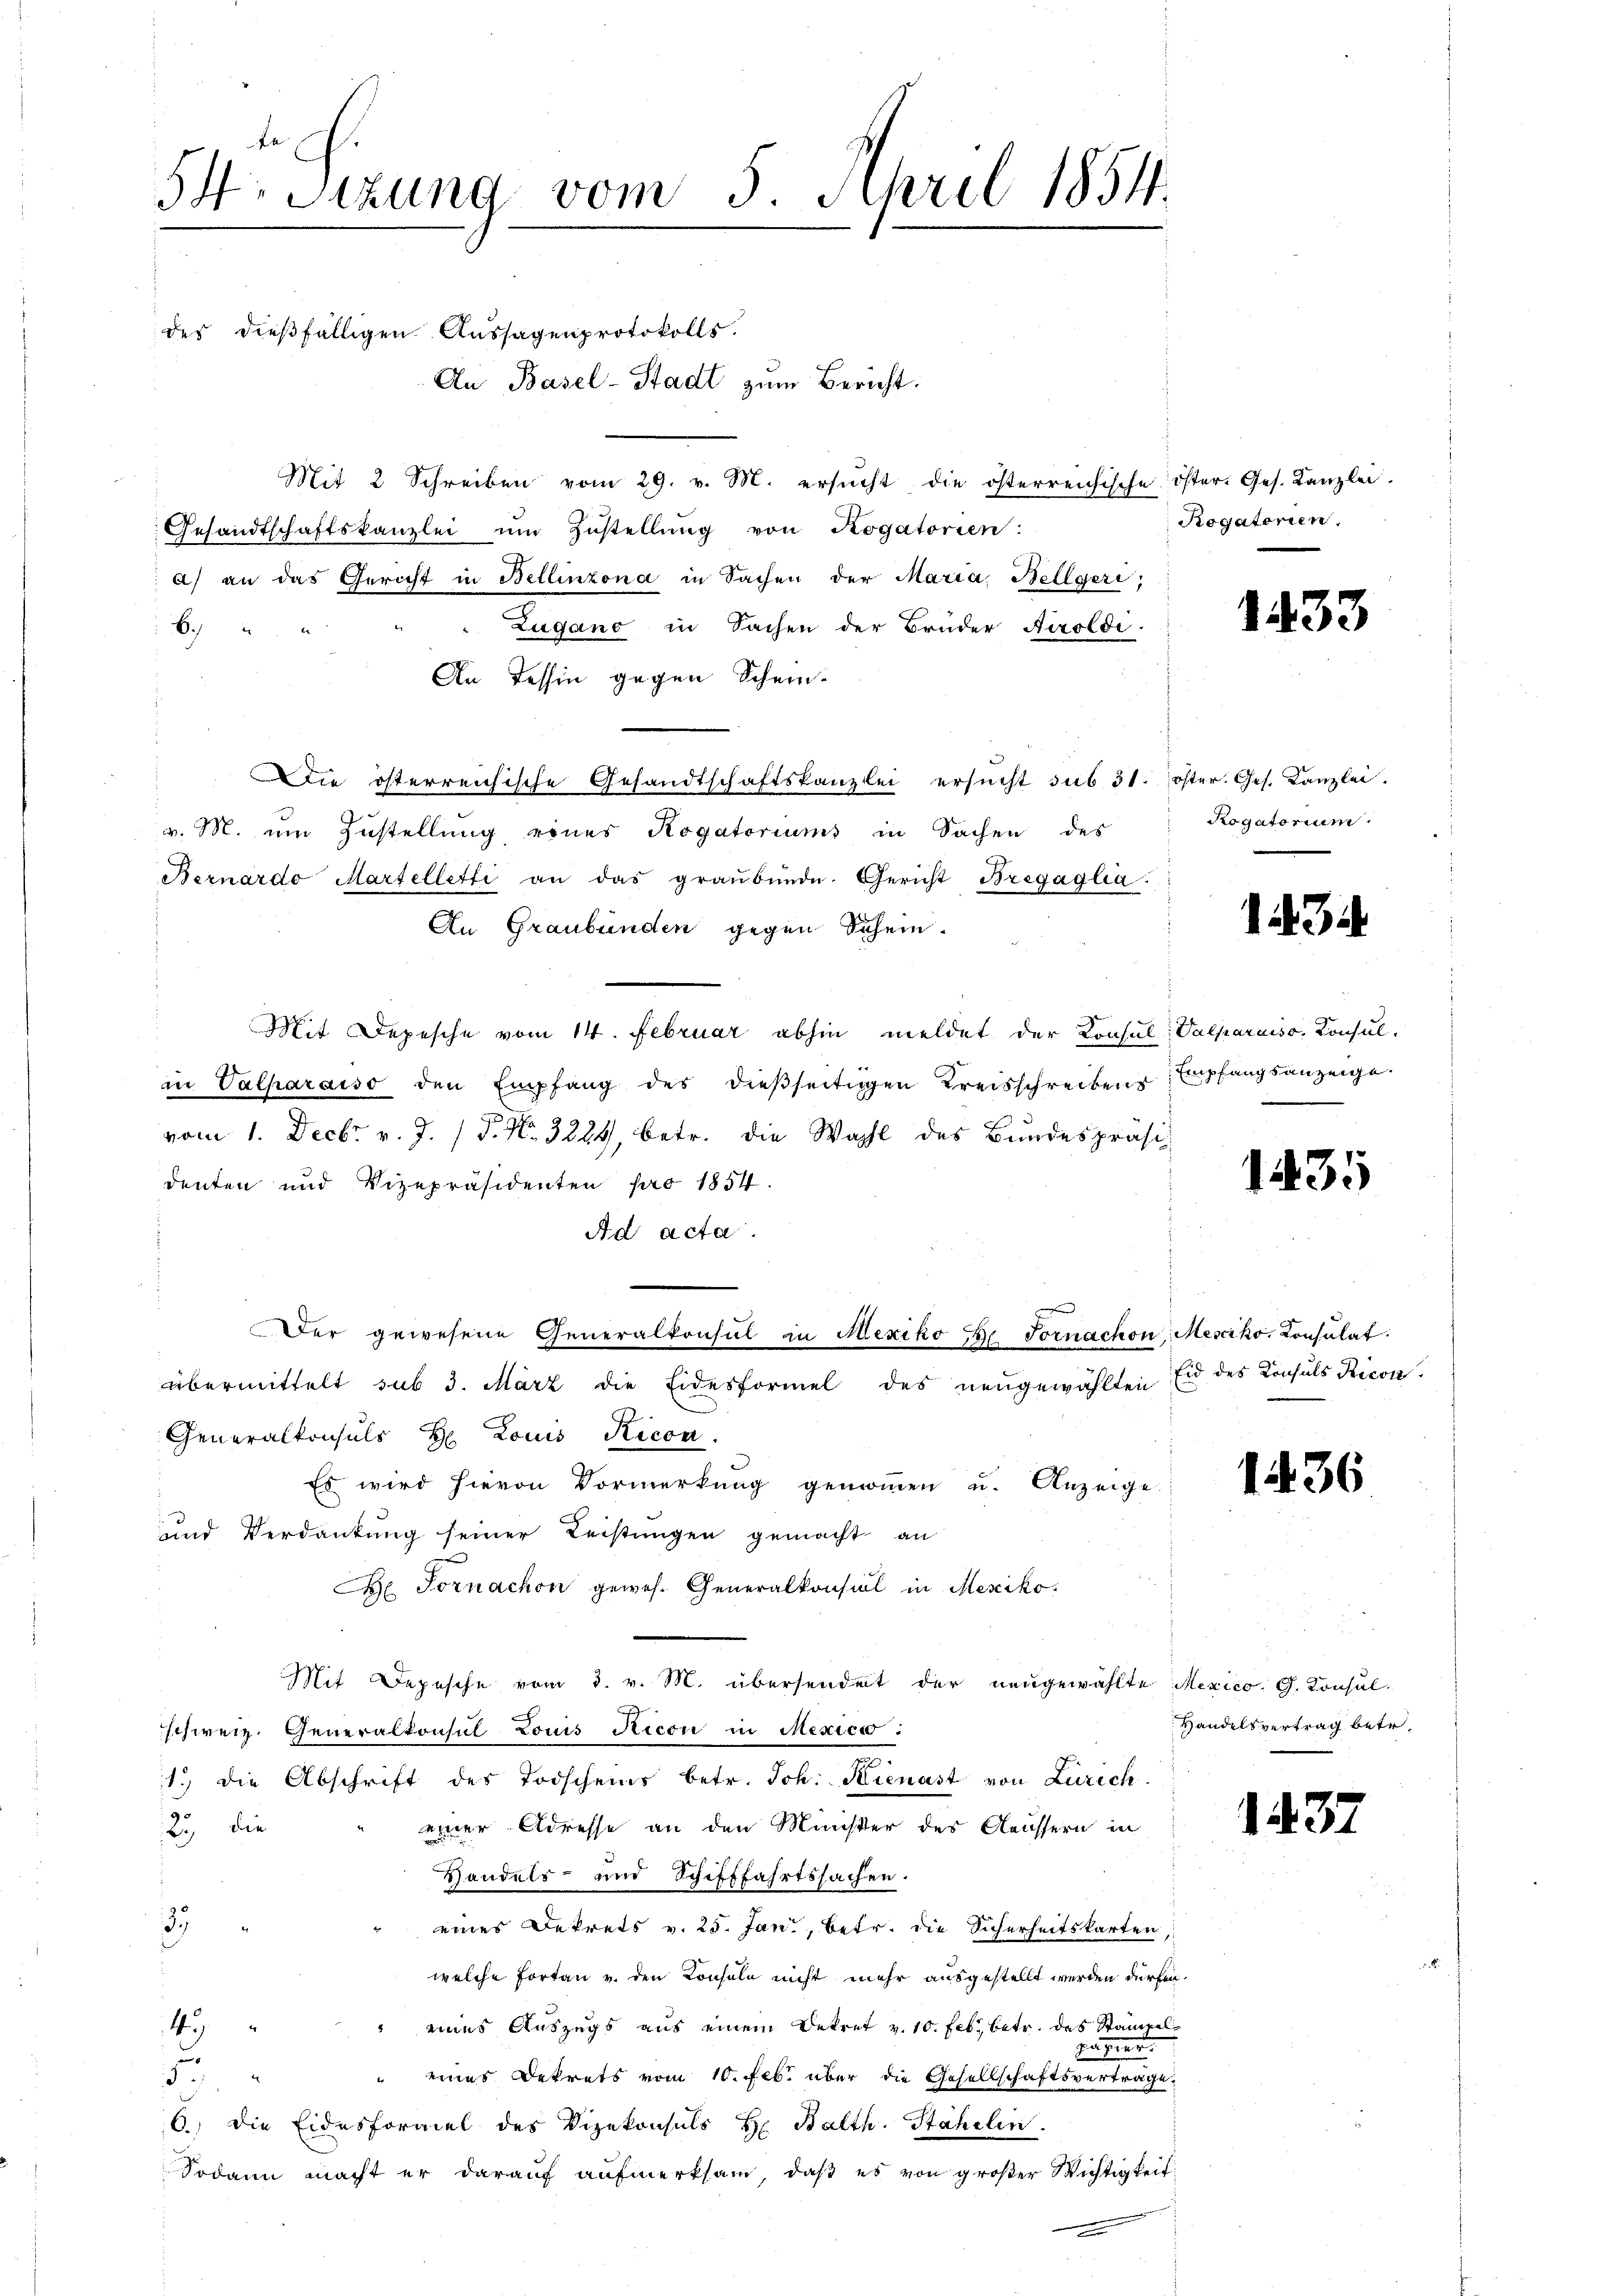
54. Sizung vom 5. April 1854.

des dießfälligen Aussagenprotokolls.
An Basel-Stadt zum Bericht.
Mit 2 Schreiben vom 29. v. M. ersucht die österreichische
Gesandtschaftskanzlei um Zustellung von Rogatorien:
a) an das Gericht in Bellinzona in Sachen der Maria Belegeri,
B.)
Zugano in Sachen der Bruder Airoldi
de
An Tessin gegen Schein-
Die österreichische Gesandtschaftskanzlei ersucht sub 31.
v. M. um Zustellung eines Rogatoriums in Sachen des
Bernardo Martelletti an das graubünde. Gericht Bregaglia.
An Graubünden gegen Schein.
Mit Depesche vom 14. Februar abhin meldet der Konsul: Valparaiso, Konsulin Valharaiso den Empfang des dießseitigen Kreisschreibens
vom 1. Decbr. v. J. P. Nr. 3224, betr. die Wahl des Bundespräsidenten und Vizepräsidenten pro 1854.
Ad acta

Der gewesene Generalkonsul in Mexiko Hr. Fornachon Mesciko, Konsulat
übermittelt sub 3. März die Eidesformel des neugewählten
Generalkonsuls H Louis Ricon
Es wird hievon Vormerkung genommen u. Anzeige
und Verdankung seiner Leistungen gemacht an
 Fornachon gewes. Generalkonsul in Mesiko
Mit Depesche vom 3. v. M. übersendet der neugewählte
schweiz. Generalkonsul Louis Ricon in Mexico
1.) die Abschrift des Todscheins betr. Joh. Kienast von Zürich.
einer Adresse an den Münster des Aeussern in
23, die
Handels- und Schifffahrtssachen.
37
eines Dekrets v. 25. Jan., betr. die Sicherheitskarten,
welche Fortan u. den Konseln nicht mehr ausgestellt werden dürfe
 eines Auszugs aus einem Dekret v. 10. Febr., betr. des Stampe
45
Patent
" eines Dekrets vom 10. Febr. über die Gesellschaftsvertrage
3
6.) Die Eidesformel des Vizekonsuls H. Balth. Stahelin.
Sodann macht er darauf aufmerksam, daß es von großer Wichtigkeit

öster. Ges. Kanzlei.
Rogatorien.

1433

öster. Ges. Kanzlei.
Rogatorium.

134

Empfangsanzeige

1435

Eid des Konsuls Ricon

1436

Mexico. G. Konsul
Handelsvertrag betr.

1437